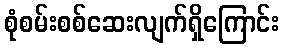
စုံစမ်းစစ်ဆေးလျက်ရှိကြောင်း